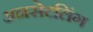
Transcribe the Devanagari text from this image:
अनसेटलिंग